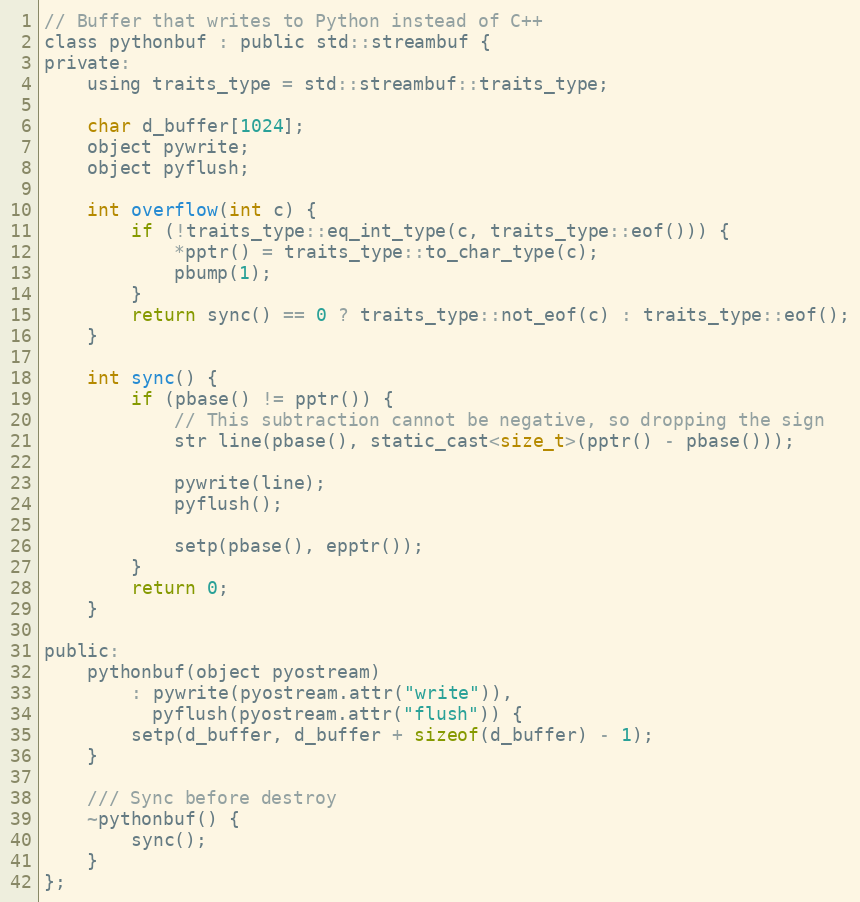
Language: C
// Buffer that writes to Python instead of C++
class pythonbuf : public std::streambuf {
private:
    using traits_type = std::streambuf::traits_type;

    char d_buffer[1024];
    object pywrite;
    object pyflush;

    int overflow(int c) {
        if (!traits_type::eq_int_type(c, traits_type::eof())) {
            *pptr() = traits_type::to_char_type(c);
            pbump(1);
        }
        return sync() == 0 ? traits_type::not_eof(c) : traits_type::eof();
    }

    int sync() {
        if (pbase() != pptr()) {
            // This subtraction cannot be negative, so dropping the sign
            str line(pbase(), static_cast<size_t>(pptr() - pbase()));

            pywrite(line);
            pyflush();

            setp(pbase(), epptr());
        }
        return 0;
    }

public:
    pythonbuf(object pyostream)
        : pywrite(pyostream.attr("write")),
          pyflush(pyostream.attr("flush")) {
        setp(d_buffer, d_buffer + sizeof(d_buffer) - 1);
    }

    /// Sync before destroy
    ~pythonbuf() {
        sync();
    }
};